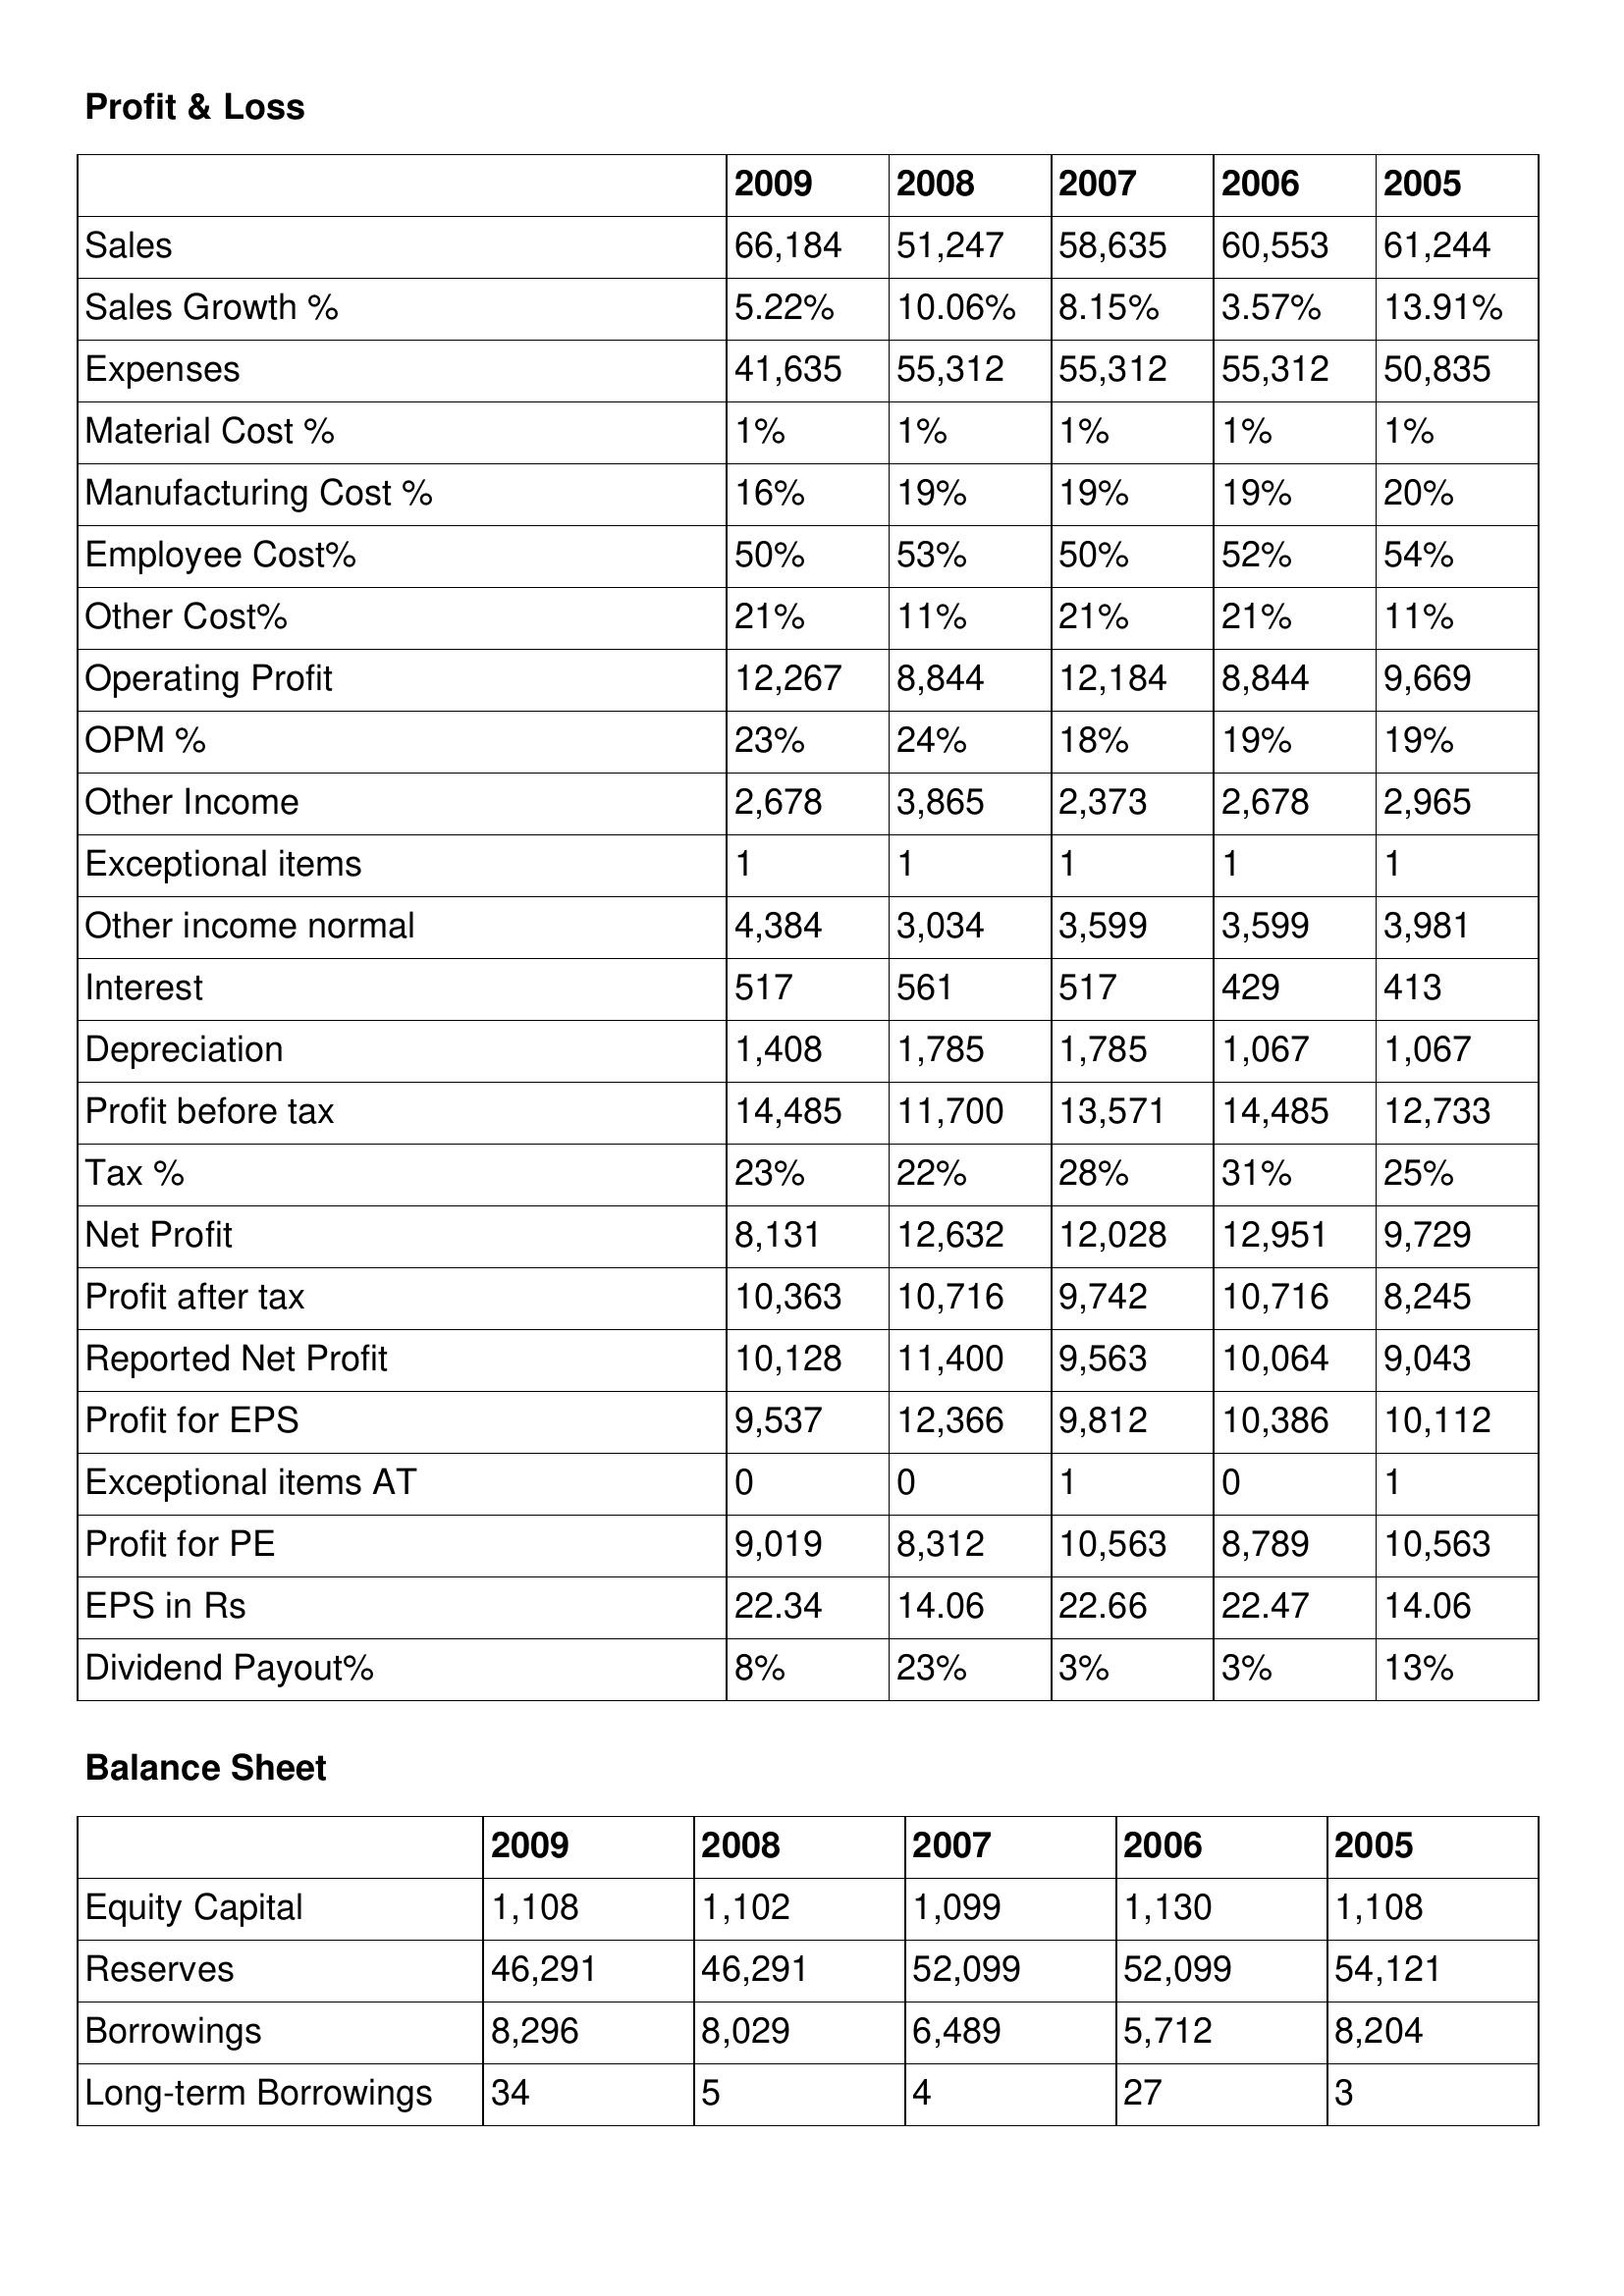
gt_parse: 2009: Profit & Loss: Sales: 66,184
Sales Growth %: 5.22%
Expenses: 41,635
Material Cost %: 1%
Manufacturing Cost %: 16%
Employee Cost%: 50%
Other Cost%: 21%
Operating Profit: 12,267
OPM %: 23%
Other Income: 2,678
Exceptional items: 1
Other income normal: 4,384
Interest: 517
Depreciation: 1,408
Profit before tax: 14,485
Tax %: 23%
Net Profit: 8,131
Profit after tax: 10,363
Reported Net Profit: 10,128
Profit for EPS: 9,537
Exceptional items AT: 0
Profit for PE: 9,019
EPS in Rs: 22.34
Dividend Payout%: 8%
Balance Sheet: Equity Capital: 1,108
Reserves: 46,291
Borrowings: 8,296
Long-term Borrowings: 34
2008: Profit & Loss: Sales: 51,247
Sales Growth %: 10.06%
Expenses: 55,312
Material Cost %: 1%
Manufacturing Cost %: 19%
Employee Cost%: 53%
Other Cost%: 11%
Operating Profit: 8,844
OPM %: 24%
Other Income: 3,865
Exceptional items: 1
Other income normal: 3,034
Interest: 561
Depreciation: 1,785
Profit before tax: 11,700
Tax %: 22%
Net Profit: 12,632
Profit after tax: 10,716
Reported Net Profit: 11,400
Profit for EPS: 12,366
Exceptional items AT: 0
Profit for PE: 8,312
EPS in Rs: 14.06
Dividend Payout%: 23%
Balance Sheet: Equity Capital: 1,102
Reserves: 46,291
Borrowings: 8,029
Long-term Borrowings: 5
2007: Profit & Loss: Sales: 58,635
Sales Growth %: 8.15%
Expenses: 55,312
Material Cost %: 1%
Manufacturing Cost %: 19%
Employee Cost%: 50%
Other Cost%: 21%
Operating Profit: 12,184
OPM %: 18%
Other Income: 2,373
Exceptional items: 1
Other income normal: 3,599
Interest: 517
Depreciation: 1,785
Profit before tax: 13,571
Tax %: 28%
Net Profit: 12,028
Profit after tax: 9,742
Reported Net Profit: 9,563
Profit for EPS: 9,812
Exceptional items AT: 1
Profit for PE: 10,563
EPS in Rs: 22.66
Dividend Payout%: 3%
Balance Sheet: Equity Capital: 1,099
Reserves: 52,099
Borrowings: 6,489
Long-term Borrowings: 4
2006: Profit & Loss: Sales: 60,553
Sales Growth %: 3.57%
Expenses: 55,312
Material Cost %: 1%
Manufacturing Cost %: 19%
Employee Cost%: 52%
Other Cost%: 21%
Operating Profit: 8,844
OPM %: 19%
Other Income: 2,678
Exceptional items: 1
Other income normal: 3,599
Interest: 429
Depreciation: 1,067
Profit before tax: 14,485
Tax %: 31%
Net Profit: 12,951
Profit after tax: 10,716
Reported Net Profit: 10,064
Profit for EPS: 10,386
Exceptional items AT: 0
Profit for PE: 8,789
EPS in Rs: 22.47
Dividend Payout%: 3%
Balance Sheet: Equity Capital: 1,130
Reserves: 52,099
Borrowings: 5,712
Long-term Borrowings: 27
2005: Profit & Loss: Sales: 61,244
Sales Growth %: 13.91%
Expenses: 50,835
Material Cost %: 1%
Manufacturing Cost %: 20%
Employee Cost%: 54%
Other Cost%: 11%
Operating Profit: 9,669
OPM %: 19%
Other Income: 2,965
Exceptional items: 1
Other income normal: 3,981
Interest: 413
Depreciation: 1,067
Profit before tax: 12,733
Tax %: 25%
Net Profit: 9,729
Profit after tax: 8,245
Reported Net Profit: 9,043
Profit for EPS: 10,112
Exceptional items AT: 1
Profit for PE: 10,563
EPS in Rs: 14.06
Dividend Payout%: 13%
Balance Sheet: Equity Capital: 1,108
Reserves: 54,121
Borrowings: 8,204
Long-term Borrowings: 3